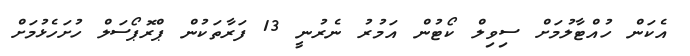
އެކަން ހުއްޓާލުމަށް ސިވިލް ކޯޓުން އަމުރު ނެރުނީ 13 ފަރާތަކުން ޕްރޮޕޯސަލް ހުށަހެޅުމަށް